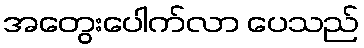
အတွေးပေါက်လာ ပေသည်